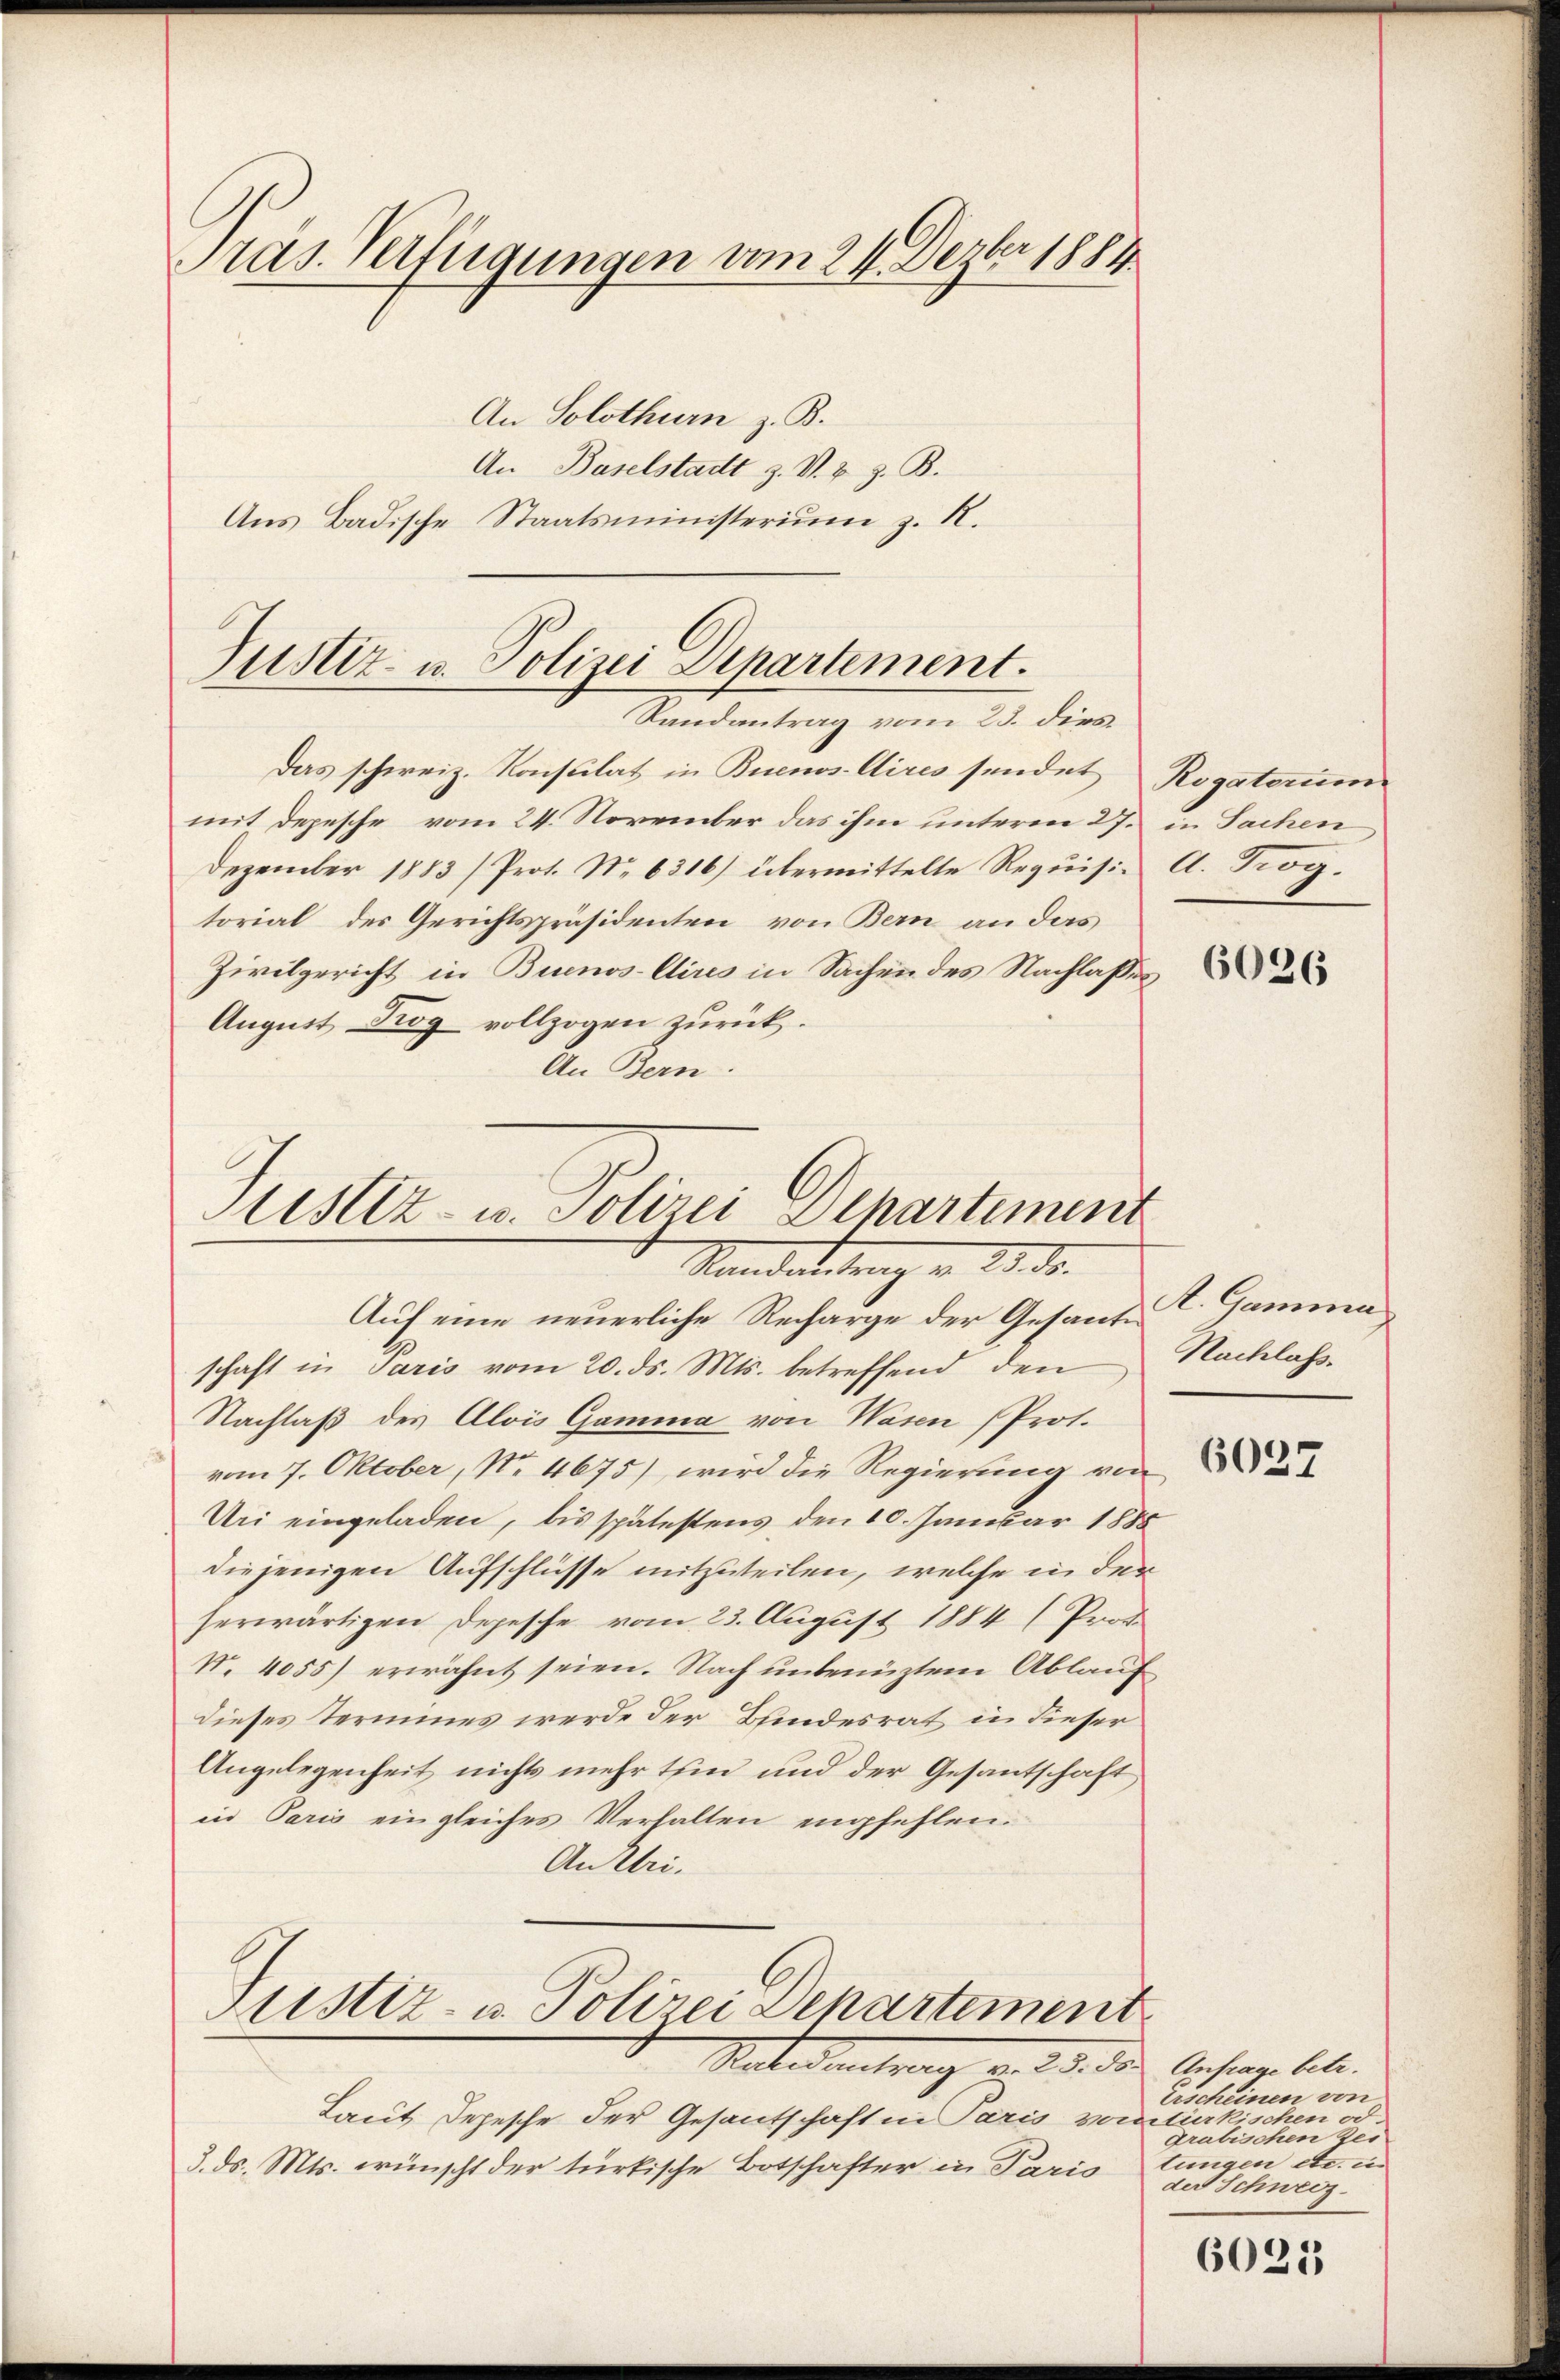
Pras. Verfügungen vom 24. Dezbr 1884
An Solothurn z. B.
An Baselstadt z. V. B. z. B.
Aus Badische Staatsministerium z. R.

Justiz- u. Polizei Departement.
Randantrag vom 23. dies

Das schweiz. Konsulat in Buenos-Aires sendet Rogatorum
mit Depesche vom 24. November das ihm unterm 27. in Sachen
Dezember 1883/Prot. No 6316) übermittelte Requisi- A. Trog.
torial des Gerichtspräsidenten, von Bern an das
Zivilgericht in Buenos-Aires in Sachen des Nachlasses
August Trog vollzogen zurück.
An Bern.

Sistiz- u. Polizei Departement
Standentrag v. 23. ds.

Auf eine neuerliche Recharge der Gesant. Gamma
schaft in Paris vom 20. ds. Mts. betreffend den
Nachlaß des Alois Gamma von Wasen (Prot.
vom 7. Oktober, No 4675), wird die Regierung von
Uri eingeladen, bis spätestens den 10. Januar 1888
diejenigen Aufschlüsse mitzuteilen, welche in den
herwärtigen Depesche vom 23. August 1884 (Prof.
N. 4055) erwähnt seien. Nach unbenüztem Ablauf
dieses Termines werde der Bundesrat in dieser
Angelegenheit nichts mehr tein und der Gesantschaft
in Paris ein gleiches Verhalten empfehlen.
An Uri.
Justiz- u. Polizei Departement
Ratudentrag v. 2. 3. der Anster lebe.
Laut Depesche der Gesantschaft in Paris vom likischen od.
3. ds. Mts. wünscht der türkische Botschafter in Paris

6026

Nachlass.

6037

Erscheinen von
Grabischen zer
tungen etc. u.
der Schweiz.

6021